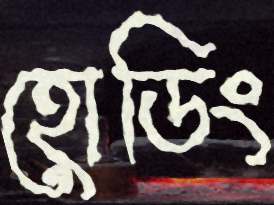
হোডিং